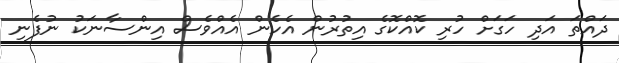
ދައްތަ އަދި ހަގަށް ހުރި ކޮއްކޮގެ އިތުރުން އެހެން އެއްވެސް އިންސާނަކު ނުފެނި